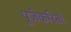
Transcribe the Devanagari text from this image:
पूजेकरितां